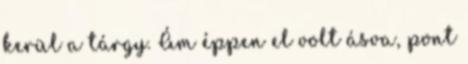
kerül a tárgy. Ám éppen el volt ásva, pont